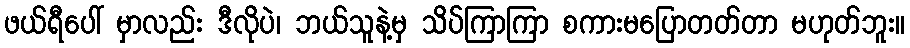
ဖယ်ရီပေါ် မှာလည်း ဒီလိုပဲ၊ ဘယ်သူနဲ့မှ သိပ်ကြာကြာ စကားမပြောတတ်တာ မဟုတ်ဘူး။